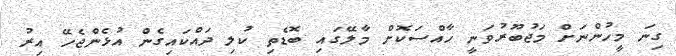
ގިނަ މީހުންނަށް މަޖުބޫރުވަނީ ހާއްސަކޮށް މާލޭގައި ބޮޑެތި ކުލި ދައްކައިގެން އުޅެންޖެހޭ އިރު